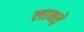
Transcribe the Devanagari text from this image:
लाभते़